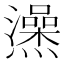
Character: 𤒕